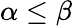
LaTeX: \alpha\le\beta